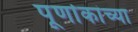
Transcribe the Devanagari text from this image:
पूर्णाकांच्या